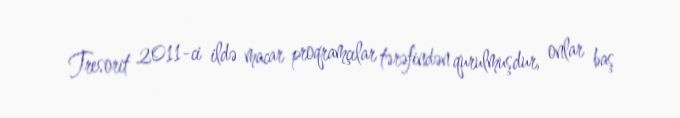
Tresorit 2011-ci ildə macar proqramçılar tərəfindən qurulmuşdur, onlar baş